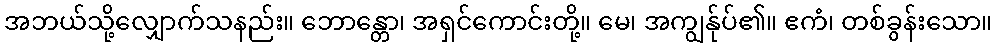
အဘယ်သို့လျှောက်သနည်း။ ဘောန္တော၊ အရှင်ကောင်းတို့။ မေ၊ အကျွန်ုပ်၏။ ဧကံ၊ တစ်ခွန်းသော။